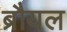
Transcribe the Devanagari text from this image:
ब्रौयल